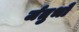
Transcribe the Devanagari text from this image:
र्जतुभों